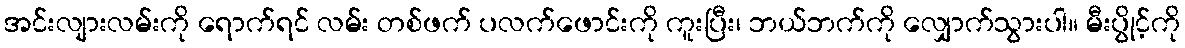
အင်းလျားလမ်းကို ရောက်ရင် လမ်း တစ်ဖက် ပလက်ဖောင်းကို ကူးပြီး၊ ဘယ်ဘက်ကို လျှောက်သွားပါ။ မီးပွိုင့်ကို